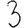
Digit: 3